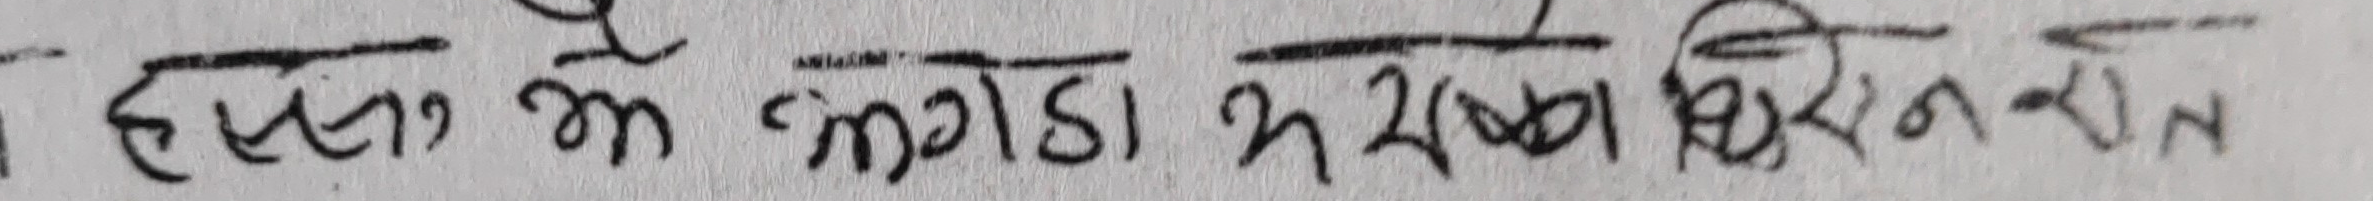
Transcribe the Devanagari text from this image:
हस्तन्य मँ लंगडा न रफ्फा यिरह न